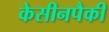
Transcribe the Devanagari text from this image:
केसीनपैकी